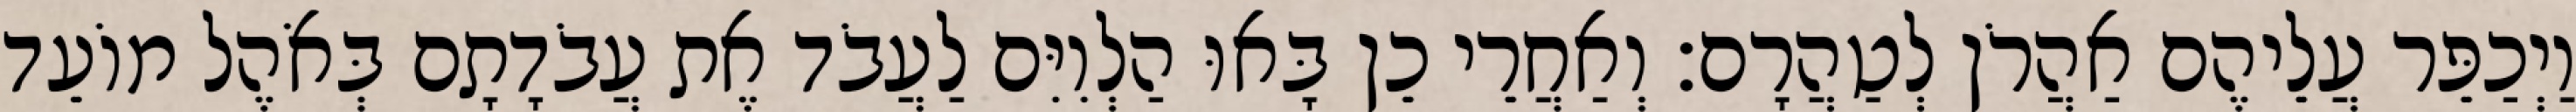
וַיְכַפֵּר עֲלֵיהֶם אַהֲרֹן לְטַהֲרָם׃ וְאַחֲרֵי כֵן בָּאוּ הַלְוִיִּם לַעֲבֹד אֶת עֲבֹדָתָם בְּאֹהֶל מוֹעֵד